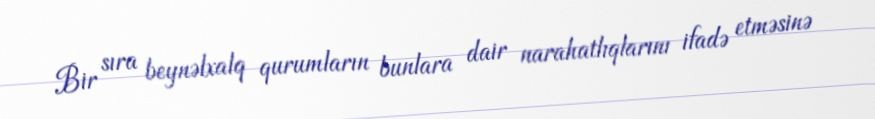
Bir sıra beynəlxalq qurumların bunlara dair narahatlıqlarını ifadə etməsinə